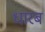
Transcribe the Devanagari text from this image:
धारब